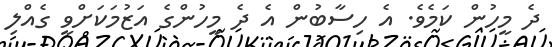
ދެ މީހުން ކަމެވެ. އެ ހިސާބުން އެ ދެ މީހުންގެ އަޒުމަކަށްވީ ގެއްލި